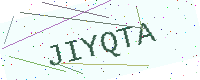
Text: JIYQTA